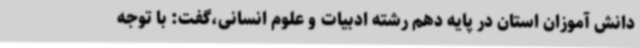
دانش آموزان استان در پایه دهم رشته ادبیات و علوم انسانی،گفت: با توجه